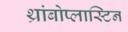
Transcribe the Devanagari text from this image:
थ्रांबोप्लास्टिन